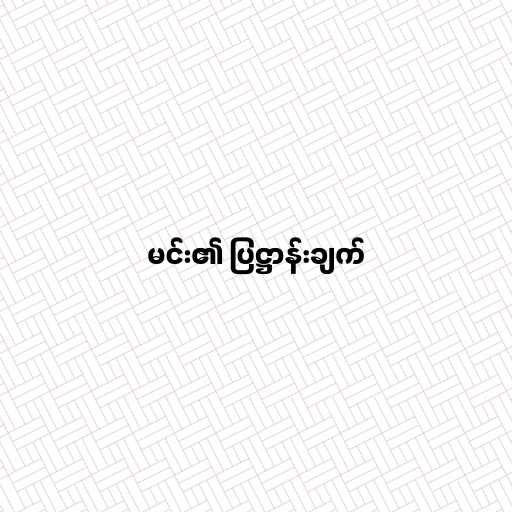
မင်း၏ ပြဋ္ဌာန်းချက်